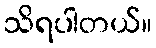
သိရပါတယ်။